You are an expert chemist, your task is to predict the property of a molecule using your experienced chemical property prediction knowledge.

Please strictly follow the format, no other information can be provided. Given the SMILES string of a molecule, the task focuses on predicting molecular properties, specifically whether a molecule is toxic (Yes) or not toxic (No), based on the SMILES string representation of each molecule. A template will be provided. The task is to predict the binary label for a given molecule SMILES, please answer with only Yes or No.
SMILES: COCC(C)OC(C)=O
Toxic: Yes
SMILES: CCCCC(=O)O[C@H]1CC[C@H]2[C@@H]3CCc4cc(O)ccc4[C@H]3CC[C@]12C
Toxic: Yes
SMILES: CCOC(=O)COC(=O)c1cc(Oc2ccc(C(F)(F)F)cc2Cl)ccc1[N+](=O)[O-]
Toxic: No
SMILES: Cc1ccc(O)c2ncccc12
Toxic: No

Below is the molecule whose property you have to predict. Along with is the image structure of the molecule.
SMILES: COc1cc(C(=O)NCCCCCC(=O)O)cc(OC)c1OC
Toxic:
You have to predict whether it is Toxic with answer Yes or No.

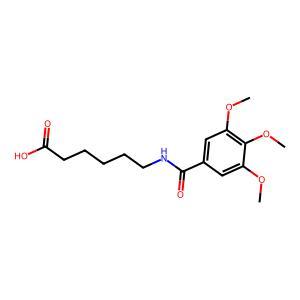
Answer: No